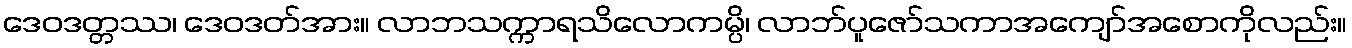
ဒေဝဒတ္တဿ၊ ဒေဝဒတ်အား။ လာဘသက္ကာရသိလောကမ္ပိ၊ လာဘ်ပူဇော်သကာအကျော်အစောကိုလည်း။